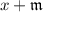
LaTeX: x + { \mathfrak { m } }